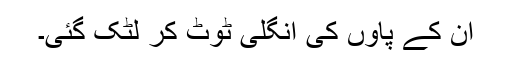
ان کے پاوٗں کی انگلی ٹوٹ کر لٹک گئی۔